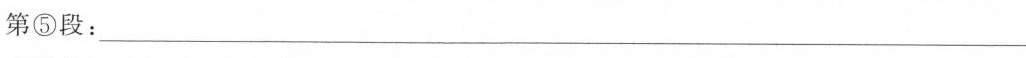
第⑤段：___ 。